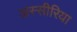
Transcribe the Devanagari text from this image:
अस्सीरिया